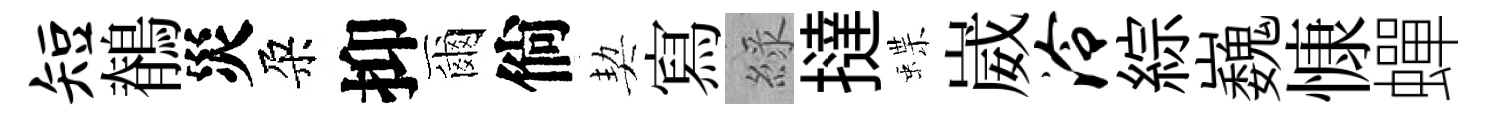
短鶺災朶抑爾倘契寫綠撻蝶崴泠綜巍慷蟬